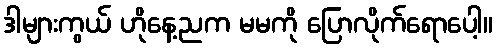
ဒါများကွယ် ဟိုနေ့ညက မမကို ပြောလိုက်ရောပေါ့။